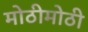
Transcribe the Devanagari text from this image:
मोठीमोठी